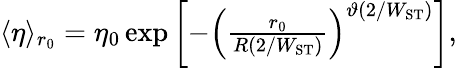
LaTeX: \begin{array}{r}{\langle\eta\rangle_{r_{0}}=\eta_{0}\exp\left[-\left(\frac{r_{0}}{R(2/W_{\mathrm{ST}})}\right)^{\vartheta(2/W_{\mathrm{ST}})}\right],}\end{array}